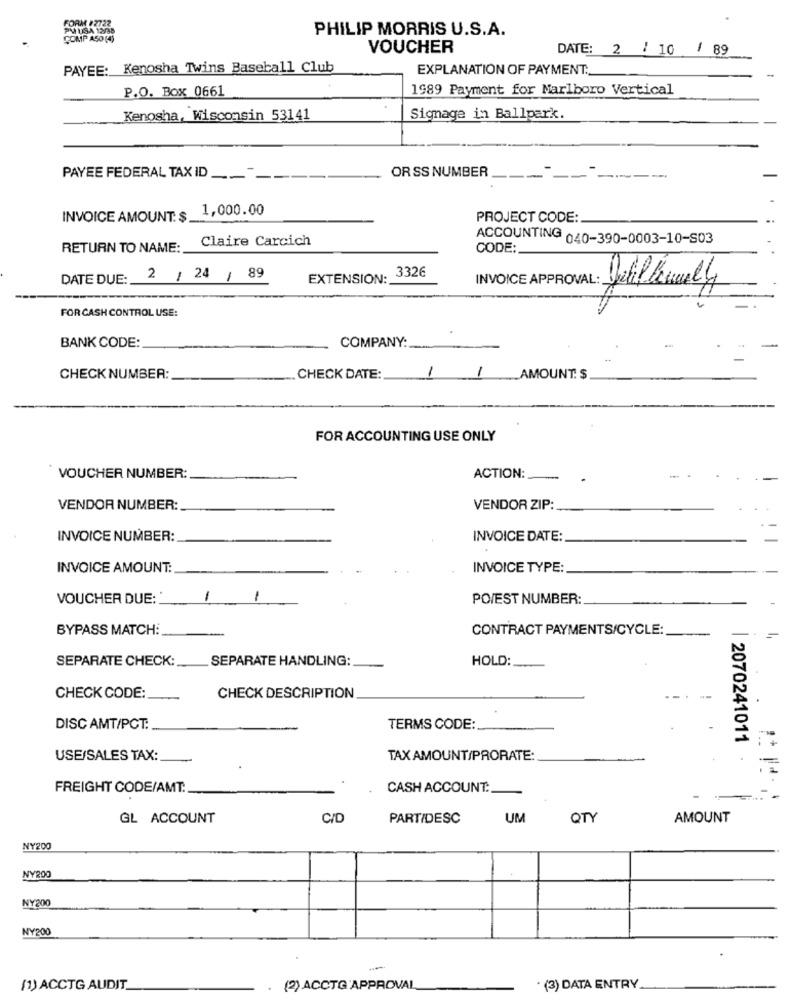
USA 12
PHILIP MORRIS U.S.A.
COMP A
VOUCHER
DATE: 2/ 10 / 89
PAYEE: Kenosha Twins Baseball Club
EXPLANATION OF PAYMENT:
P.O. Box 0661
1989 Payment for Marlboro Vertical
Kenosha, Wisconsin 53141
Signage in Ballpark.
OR SS NUMBER
PAYEE FEDERAL TAX ID __----
1,000.00
INVOICE AMOUNT: $ __
PROJECT CODE:
Claire Carcich
ACCOUNTING 040-390-0003-10-S03
RETURN TO NAME:
CODE:
. 3326
DATE DUE: 2 / 24 / 89
EXTENSION:
INVOICE APPROVAL : Hebillaamely
FOR CASH CONTROL USE:
COMPANY:
BANK CODE:
CHECK NUMBER:
CHECK DATE:
1 1
AMOUNTS
FOR ACCOUNTING USE ONLY
VOUCHER NUMBER:
ACTION:
VENDOR NUMBER:
VENDOR ZIP:
INVOICE NUMBER:
INVOICE DATE:
INVOICE AMOUNT:
INVOICE TYPE:
VOUCHER DUE:
1
1
POIEST NUMBER:
BYPASS MATCH:
CONTRACT PAYMENTS/CYCLE:
SEPARATE CHECK:
SEPARATE HANDLING:
HOLD:
CHECK CODE:
CHECK DESCRIPTION
DISC AMT/PCT:
TERMS CODE:
| 2070241011
USE/SALES TAX:
TAX AMOUNT/PRORATE:
FREIGHT CODE/AMT.
CASH ACCOUNT:
GL ACCOUNT
C/D
PART/DESC
UM
QTY
AMOUNT
NY200
NY200
NY200
NY200
(1) ACCTG AUDIT
. (2) ACCTG APPROVAL
(3) DATA ENTRY